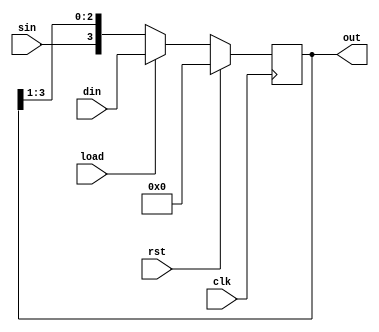
module right_shift( clk,rst,din,load,sin,out);
input clk,rst;
input load;
input [3:0]din;
input sin;
output reg [3:0]out;

always@(posedge clk)
begin
	if(rst)
	out<=0;
	else
	begin
	if(load)
			out<=din;
		else
			out<={sin, out[3:1]};
	end
end
	endmodule